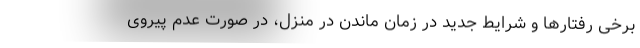
برخی رفتارها و شرایط جدید در زمان ماندن در منزل، در صورت عدم پیروی